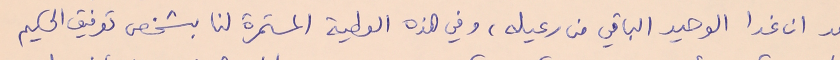
بعد ان غدا الوحيد الباقي من رعيله، وفي هذه العطية المستمرة لنا بشخص توفيق الحكيم